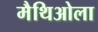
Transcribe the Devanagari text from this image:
मैथिओला